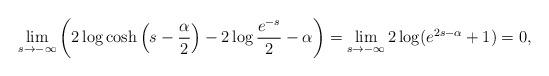
LaTeX: \begin{align*}\lim_{s\rightarrow-\infty}\left(2\log\cosh\left(s-\frac{\alpha}{2}\right)-2\log\frac{e^{-s}}{2}-\alpha\right)=\lim_{s\rightarrow-\infty}2\log (e^{2s-\alpha}+1)=0,\end{align*}